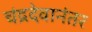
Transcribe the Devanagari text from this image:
चंद्रदेवानंतर